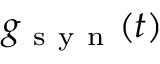
g _ { \mathrm { ~ s ~ y ~ n ~ } } ( t )